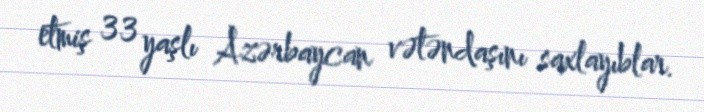
etmiş 33 yaşlı Azərbaycan vətəndaşını saxlayıblar.